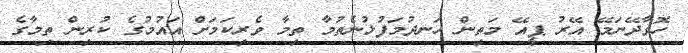
ހޮވާދޭނަމޭ އޭރު ޕީއޭ މަތިން ހަނދުމަފުޅުނެތުމާ ތިމާ ވެރިކަމަށް އައުމުގެ ކުރިން ތިމާގެ